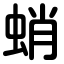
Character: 蛸